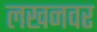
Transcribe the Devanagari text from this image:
लखनवर